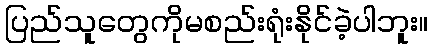
ပြည်သူတွေကိုမစည်းရုံးနိုင်ခဲ့ပါဘူး။